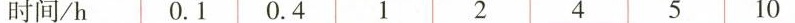
时间/h 0.1 0.4 1 2 4 5 10